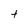
Character: t